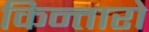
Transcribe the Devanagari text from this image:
किन्तारो